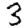
Digit: 3